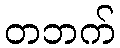
တဘက်